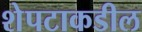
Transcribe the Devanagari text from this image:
शेपटाकडील